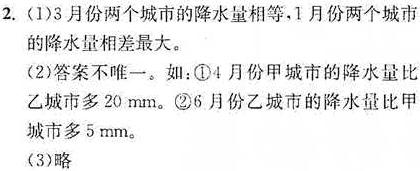
2. (1)3月份两个城市的降水量相等，1月份两个城市的降水量相差最大。
(2)答案不唯一。如：\textcircled{1}4月份甲城市的降水量比乙城市多20 mm。\textcircled{2}6月份乙城市的降水量比甲城市多5 mm。
(3)略